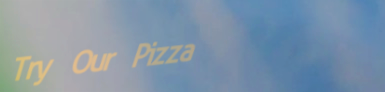
Try Our Pizza